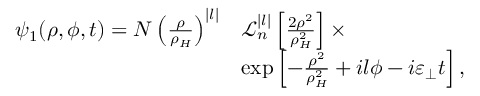
\begin{array} { r l } { \psi _ { 1 } ( \rho , \phi , t ) = N \left( \frac { \rho } { \rho _ { H } } \right) ^ { | l | } } & { \mathcal { L } _ { n } ^ { | l | } \left[ \frac { 2 \rho ^ { 2 } } { \rho _ { H } ^ { 2 } } \right] \times } \\ & { \exp \left[ - \frac { \rho ^ { 2 } } { \rho _ { H } ^ { 2 } } + i l \phi - i \varepsilon _ { \perp } t \right] , } \end{array}